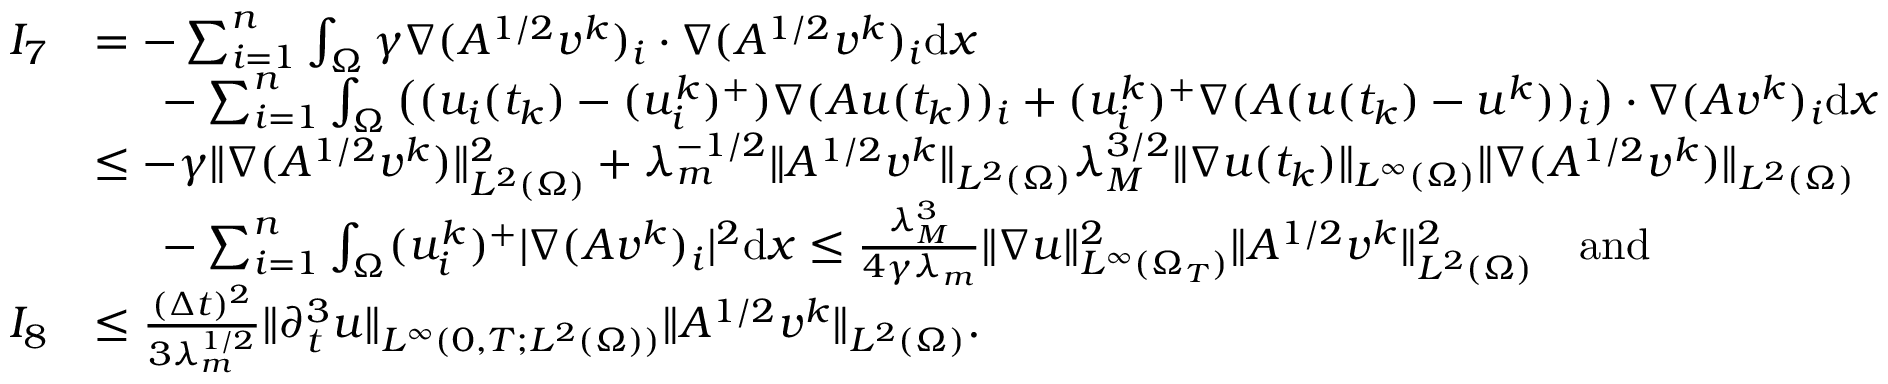
\begin{array} { r l } { I _ { 7 } } & { = - \sum _ { i = 1 } ^ { n } \int _ { \Omega } \gamma \nabla ( A ^ { 1 / 2 } v ^ { k } ) _ { i } \cdot \nabla ( A ^ { 1 / 2 } v ^ { k } ) _ { i } \mathrm { d } x } \\ & { \phantom { x x } - \sum _ { i = 1 } ^ { n } \int _ { \Omega } \big ( ( u _ { i } ( t _ { k } ) - ( u _ { i } ^ { k } ) ^ { + } ) \nabla ( A u ( t _ { k } ) ) _ { i } + ( u _ { i } ^ { k } ) ^ { + } \nabla ( A ( u ( t _ { k } ) - u ^ { k } ) ) _ { i } \big ) \cdot \nabla ( A v ^ { k } ) _ { i } \mathrm { d } x } \\ & { \le - \gamma \| \nabla ( A ^ { 1 / 2 } v ^ { k } ) \| _ { L ^ { 2 } ( \Omega ) } ^ { 2 } + \lambda _ { m } ^ { - 1 / 2 } \| A ^ { 1 / 2 } v ^ { k } \| _ { L ^ { 2 } ( \Omega ) } \lambda _ { M } ^ { 3 / 2 } \| \nabla u ( t _ { k } ) \| _ { L ^ { \infty } ( \Omega ) } \| \nabla ( A ^ { 1 / 2 } v ^ { k } ) \| _ { L ^ { 2 } ( \Omega ) } } \\ & { \phantom { x x } - \sum _ { i = 1 } ^ { n } \int _ { \Omega } ( u _ { i } ^ { k } ) ^ { + } | \nabla ( A v ^ { k } ) _ { i } | ^ { 2 } \mathrm { d } x \le \frac { \lambda _ { M } ^ { 3 } } { 4 \gamma \lambda _ { m } } \| \nabla u \| _ { L ^ { \infty } ( \Omega _ { T } ) } ^ { 2 } \| A ^ { 1 / 2 } v ^ { k } \| _ { L ^ { 2 } ( \Omega ) } ^ { 2 } \quad \mathrm { a n d } } \\ { I _ { 8 } } & { \le \frac { ( \Delta t ) ^ { 2 } } { 3 \lambda _ { m } ^ { 1 / 2 } } \| \partial _ { t } ^ { 3 } u \| _ { L ^ { \infty } ( 0 , T ; L ^ { 2 } ( \Omega ) ) } \| A ^ { 1 / 2 } v ^ { k } \| _ { L ^ { 2 } ( \Omega ) } . } \end{array}